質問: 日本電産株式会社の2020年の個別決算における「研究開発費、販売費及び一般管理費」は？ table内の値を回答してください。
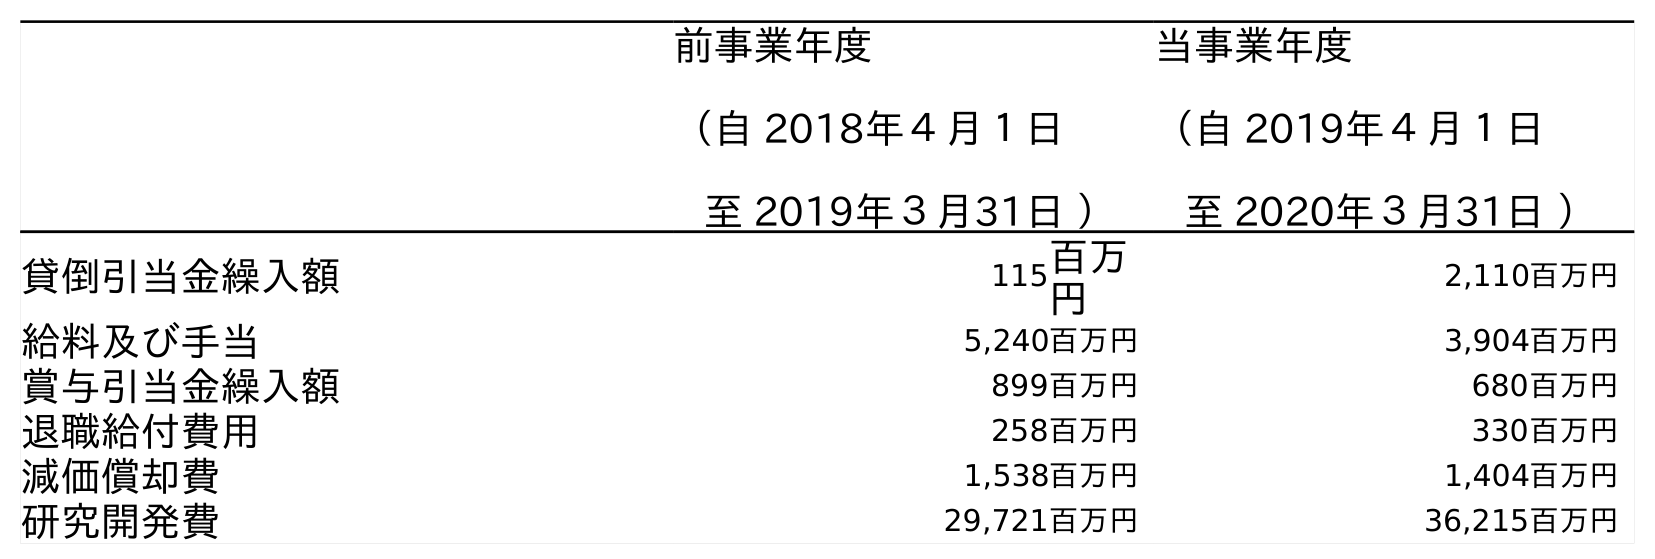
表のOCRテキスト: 前事業年度 （自 2018年４月１日 至 2019年３月31日 ） 当事業年度 （自 2019年４月１日 至 2020年３月31日 ） 貸倒引当金繰入額 115百万 円 2,110百万円 給料及び手当 5,240百万円 3,904百万円 賞与引当金繰入額 899百万円 680百万円 退職給付費用 258百万円 330百万円 減価償却費 1,538百万円 1,404百万円 研究開発費 29,721百万円 36,215百万円
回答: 36,215